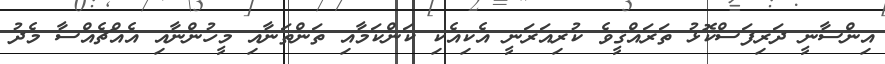
އިންސާނީ ދަރިފަސްކޮޅު ތަރައްޤީވެ ކުރިއަރަނީ އެކިއެކި ކަންކަމާއި ތަންތަނާއި މީހުންނާއި އެއްޗެއްސާ މެދު